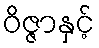
ဝိဇ္ဇာနှင့်